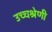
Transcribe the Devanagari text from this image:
उच्चश्रेणी